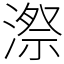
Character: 漈